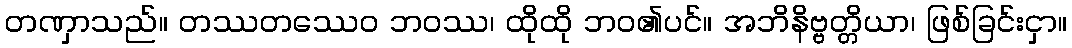
တဏှာသည်။ တဿတဿေဝ ဘဝဿ၊ ထိုထို ဘဝ၏ပင်။ အဘိနိဗ္ဗတ္တိယာ၊ ဖြစ်ခြင်းငှာ။